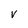
Character: v